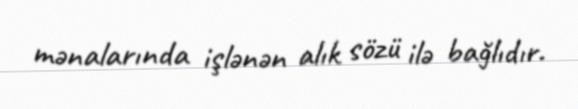
mənalarında işlənən alık sözü ilə bağlıdır.